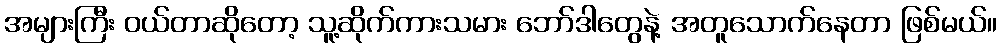
အများကြီး ဝယ်တာဆိုတော့ သူ့ဆိုက်ကားသမား ဘော်ဒါတွေနဲ့ အတူသောက်နေတာ ဖြစ်မယ်။